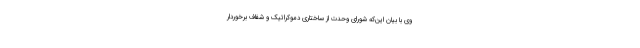
وی با بیان این‌که شورای وحدت از ساختاری دموکراتیک و شفاف برخوردار